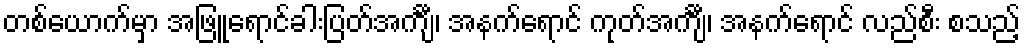
တစ်ယောက်မှာ အဖြူရောင်ခါးပြတ်အင်္ကျီ၊ အနက်ရောင် ကုတ်အင်္ကျီ၊ အနက်ရောင် လည်စီး စသည့်